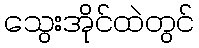
သွေးအိုင်ထဲတွင်